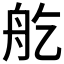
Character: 𦨏